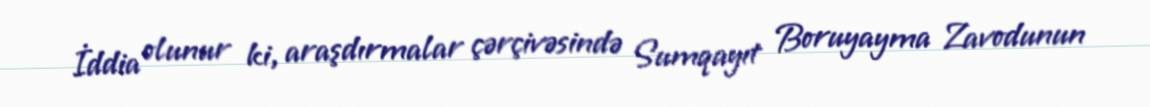
İddia olunur ki, araşdırmalar çərçivəsində Sumqayıt Boruyayma Zavodunun